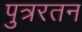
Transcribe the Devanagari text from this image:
पुत्ररतन